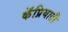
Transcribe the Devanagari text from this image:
कॅप्रियाती